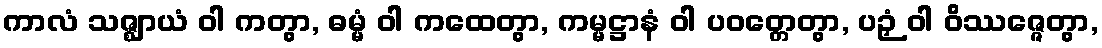
ကာလံ သဇ္ဈာယံ ဝါ ကတွာ, ဓမ္မံ ဝါ ကထေတွာ, ကမ္မဋ္ဌာနံ ဝါ ပဝတ္တေတွာ, ပဉှံ ဝါ ဝိဿဇ္ဇေတွာ,